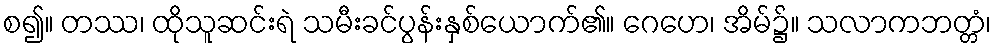
စ၍။ တဿ၊ ထိုသူဆင်းရဲ သမီးခင်ပွန်းနှစ်ယောက်၏။ ဂေဟေ၊ အိမ်၌။ သလာကဘတ္တံ၊